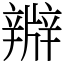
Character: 㸤